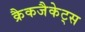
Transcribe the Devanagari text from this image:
क्रैकजैकेट्स